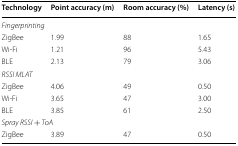
<table><thead><tr><td><b>Technology</b></td><td><b>Point accuracy (m)</b></td><td><b>Room accuracy (%)</b></td><td><b>Latency (s)</b></td></tr></thead><tbody><tr><td colspan="4"><i>Fingerprinting</i></td></tr><tr><td>ZigBee</td><td>1.99</td><td>88</td><td>1.65</td></tr><tr><td>Wi-Fi</td><td>1.21</td><td>96</td><td>5.43</td></tr><tr><td>BLE</td><td>2.13</td><td>79</td><td>3.06</td></tr><tr><td colspan="4"><i>RSSI MLAT</i></td></tr><tr><td>ZigBee</td><td>4.06</td><td>49</td><td>0.50</td></tr><tr><td>Wi-Fi</td><td>3.65</td><td>47</td><td>3.00</td></tr><tr><td>BLE</td><td>3.85</td><td>61</td><td>2.50</td></tr><tr><td colspan="4"><i>Spray RSSI + ToA</i></td></tr><tr><td>ZigBee</td><td>3.89</td><td>47</td><td>0.50</td></tr></tbody></table>